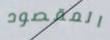
المقصود